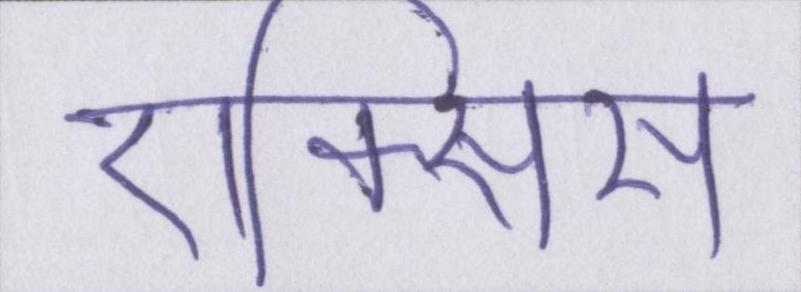
ऐक्सिस